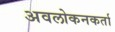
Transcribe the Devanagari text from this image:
अवलोकनकर्ता